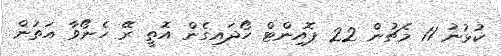
ކުޅުނު 11 މެޗުން 22 ޕޮއިންޓް ހޯދައިގެން އޮތީ ރޭ ހެނޯވާ އަތުން